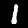
Label: 1